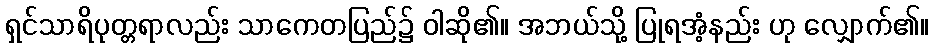
ရှင်သာရိပုတ္တရာလည်း သာကေတပြည်၌ ဝါဆို၏။ အဘယ်သို့ ပြုရအံ့နည်း ဟု လျှောက်၏။